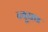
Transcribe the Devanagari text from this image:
न्यूराथ